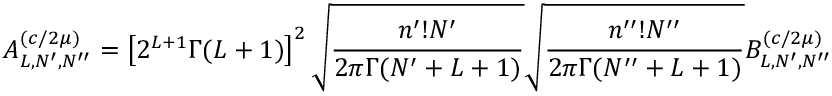
A _ { L , N ^ { \prime } , N ^ { \prime \prime } } ^ { ( c / 2 \mu ) } = \left[ 2 ^ { L + 1 } \Gamma ( L + 1 ) \right] ^ { 2 } \sqrt { \frac { n ^ { \prime } ! N ^ { \prime } } { 2 \pi \Gamma ( N ^ { \prime } + L + 1 ) } } \sqrt { \frac { n ^ { \prime \prime } ! N ^ { \prime \prime } } { 2 \pi \Gamma ( N ^ { \prime \prime } + L + 1 ) } } B _ { L , N ^ { \prime } , N ^ { \prime \prime } } ^ { ( c / 2 \mu ) }